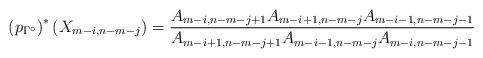
LaTeX: \begin{align*}\left( p_{\Gamma^\circ}\right)^*\left(X_{m-i,n-m-j}\right)=\frac{A_{m-i,n-m-j+1} A_{m-i+1,n-m-j} A_{m-i-1,n-m-j-1}}{A_{m-i+1,n-m-j+1} A_{m-i-1,n-m-j} A_{m-i,n-m-j-1}}\end{align*}